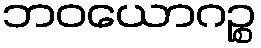
ဘဝယောဂဉ္စ